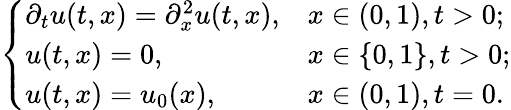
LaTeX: \left\{ \begin{array}{ll}{\partial_{t}u(t,x)=\partial_{x}^{2}u(t,x),}&{x\in(0,1),t>0;}\\ {u(t,x)=0,}&{x\in\{ 0,1\} ,t>0;}\\ {u(t,x)=u_{0}(x),}&{x\in(0,1),t=0.}\end{array}\right.